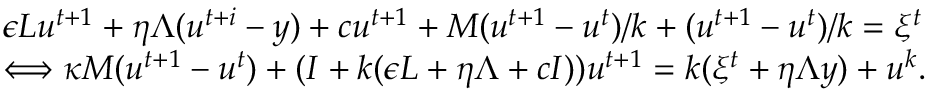
\begin{array} { r l } & { \epsilon L u ^ { t + 1 } + \eta \Lambda ( u ^ { t + i } - y ) + c u ^ { t + 1 } + M ( u ^ { t + 1 } - u ^ { t } ) / k + ( u ^ { t + 1 } - u ^ { t } ) / k = \xi ^ { t } } \\ & { \Longleftrightarrow \kappa M ( u ^ { t + 1 } - u ^ { t } ) + ( I + k ( \epsilon L + \eta \Lambda + c I ) ) u ^ { t + 1 } = k ( \xi ^ { t } + \eta \Lambda y ) + u ^ { k } . } \end{array}